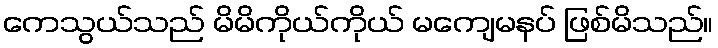
ကေသွယ်သည် မိမိကိုယ်ကိုယ် မကျေမနပ် ဖြစ်မိသည်။